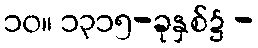
၁၀။ ၁၃၁၅-ခုနှစ်၌ -